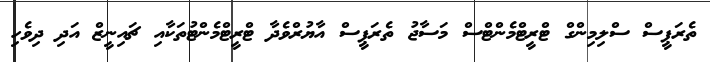
ތެރަޕީސް ސްލިމިންގް ޓްރީޓްމެންޓްސް މަސާޖު ތެރަޕީސް އާޔުރްވެދާ ޓްރީޓްމެންޓުތަކާއި ޗައިނީޒް އަދި ދިވެހި